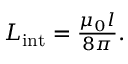
\begin{array} { r } { L _ { \mathrm { i n t } } = \frac { \mu _ { 0 } l } { 8 \pi } . } \end{array}